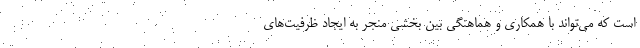
است که می‌تواند با همکاری و هماهنگی بین بخشی منجر به ایجاد ظرفیت‌های